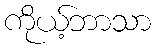
ကိုယ့်ဘာသာ